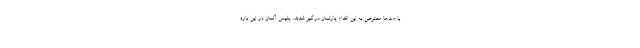
با صدها معترض به این اقدام پارلمان درگیر شدند، پلیس آلمان در این باره